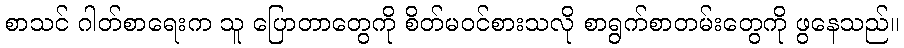
စာသင် ဂါတ်စာရေးက သူ ပြောတာတွေကို စိတ်မဝင်စားသလို စာရွက်စာတမ်းတွေကို ဖွနေသည်။